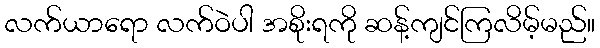
လက်ယာရော လက်ဝဲပါ အစိုးရကို ဆန့်ကျင်ကြလိမ့်မည်။